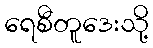
ရေစီတူဒေးသို့